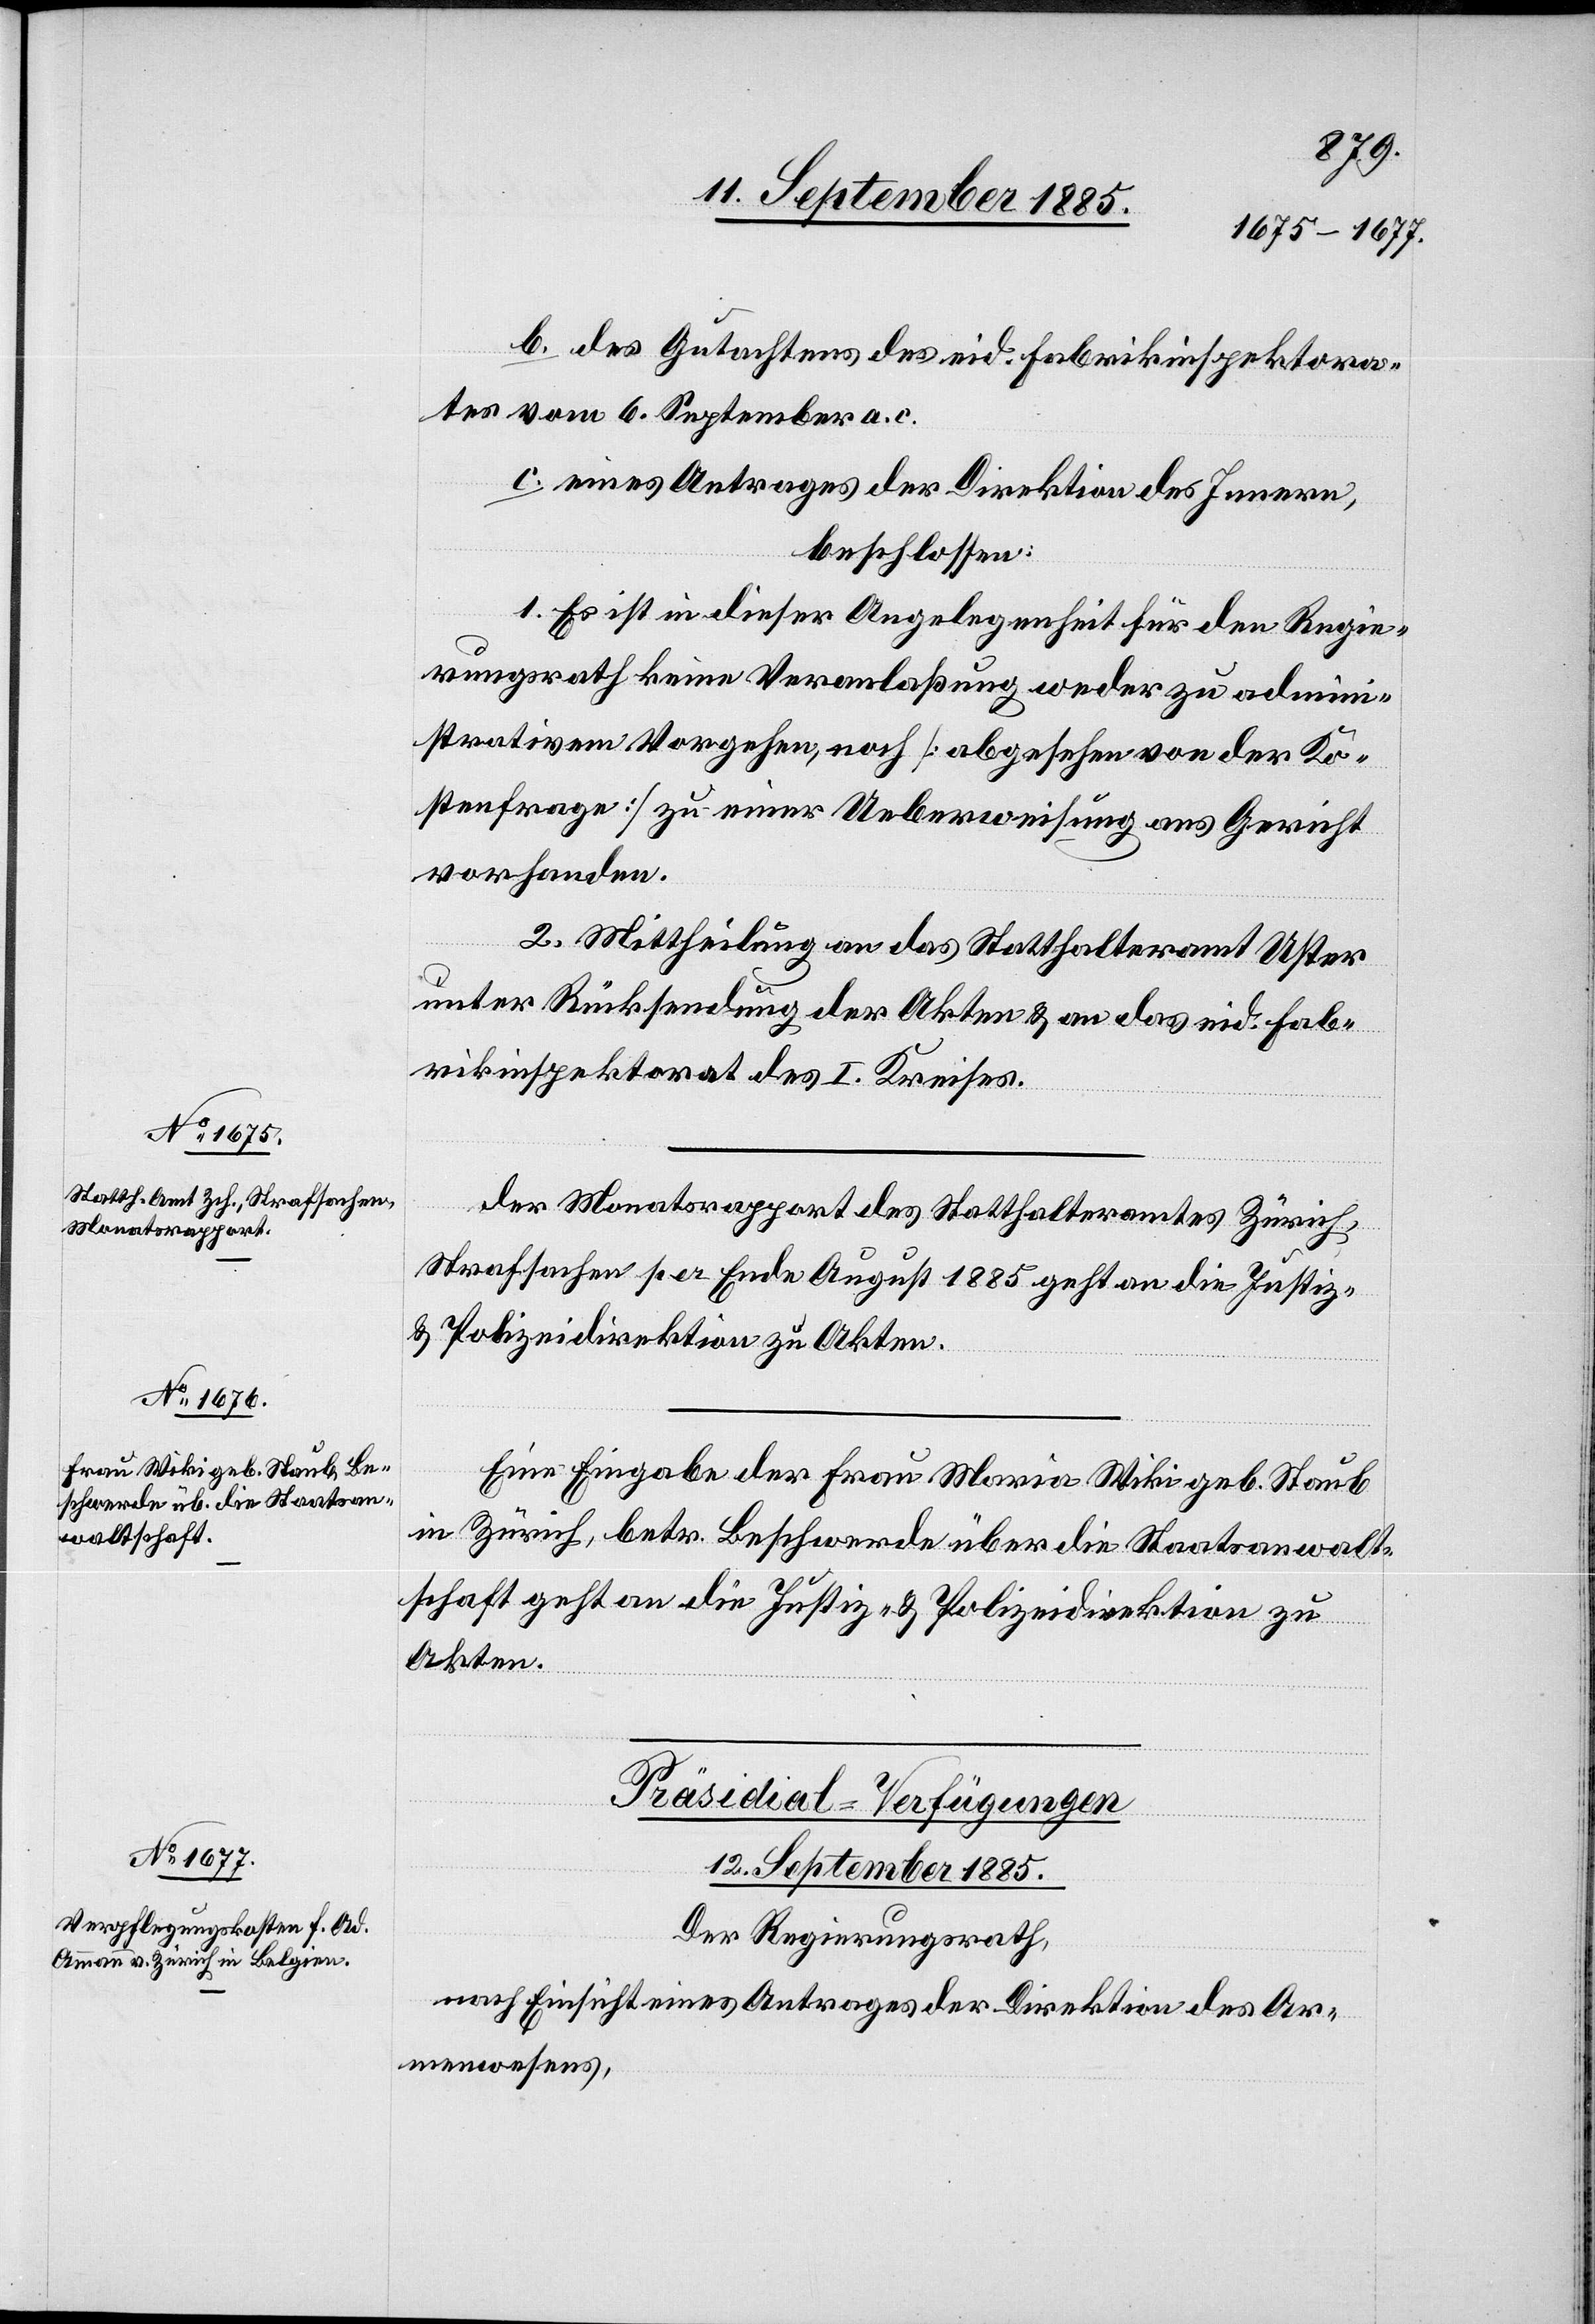
b. des Gutachtens des eid. Fabrikinspektora¬
tes vom 6. September a. c.
c. eines Antrages der Direktion des Innern,
beschlossen:
1. Es ist in dieser Angelegenheit für den Regie¬
rungsrath keine Veranlaßung weder zu admini¬
strativem Vorgehen, noch [abgesehen von der Ko¬
stenfrage] zu einer Ueberweisung ans Gericht
vorhanden.
2. Mittheilung an das Statthalteramt Uster
unter Rücksendung der Akten & an das eid. Fab¬
rikinspektorat des I. Kreises.
Monatsrapport des Statthalteramtes Zürich,
Strafsachen per Ende August 1885 geht an die Justiz-
& Polizeidirektion zu Akten.
Eine Eingabe der Frau Maria Wiki geb. Staub
in Zürich, betr. Beschwerde über die Staatsanwalt¬
schaft geht an die Justiz- & Polizeidirektion zu
Akten.
Präsidial-Verfügungen
12. September 1885.
Der Regierungsrath,
nach Einsicht eines Antrages der Direktion des Ar¬
menwesens,